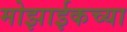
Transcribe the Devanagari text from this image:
मोझाईकच्या